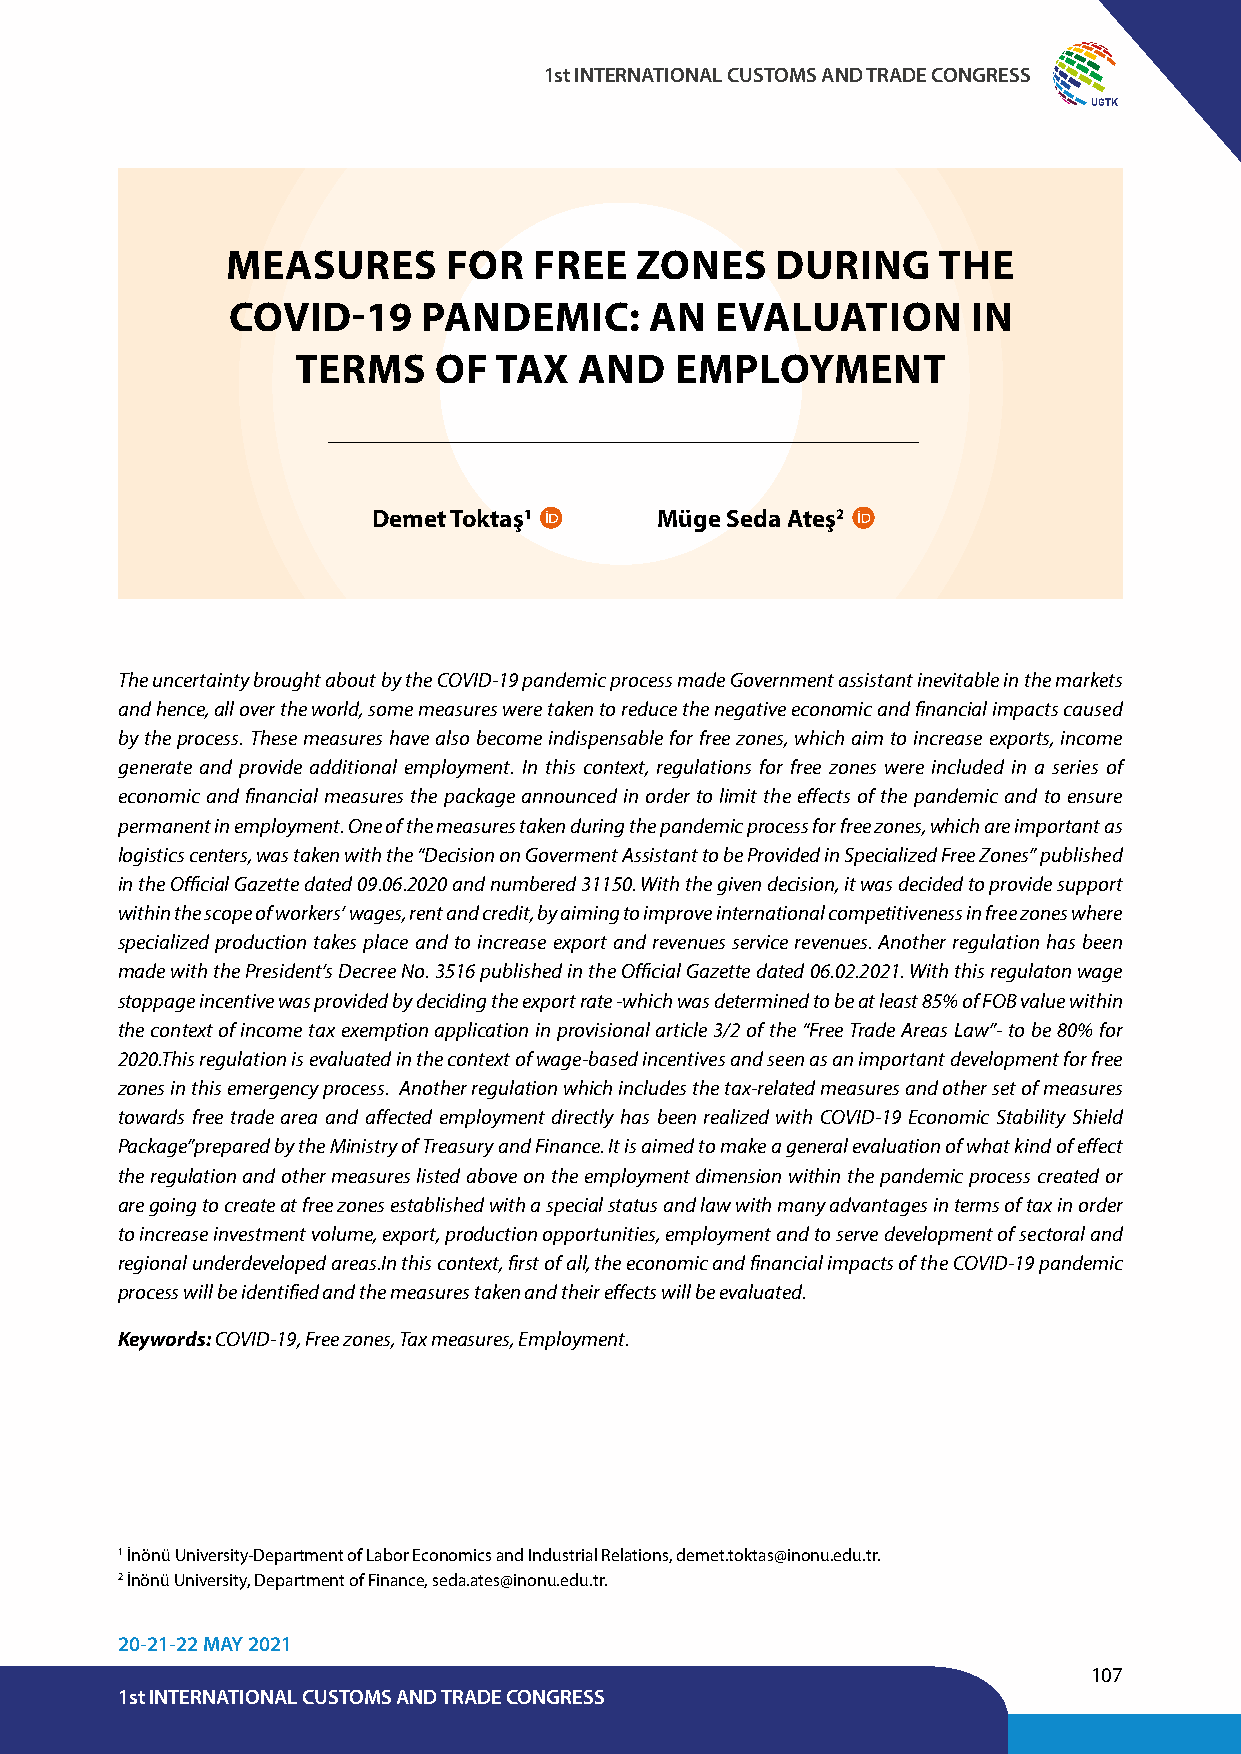
1st INTERNATIONAL CUSTOMS AND TRADE CONGRESS
 UGTK
 MEASURES       FOR  FREE   ZONES    DURING     THE
 COVID-19     PANDEMIC:      AN  EVALUATION       IN
 TERMS    OF  TAX  AND    EMPLOYMENT
 Demet Toktaş1      Müge Seda Ateş2
 The uncertainty brought about by the COVID-19 pandemic process made Government assistant inevitable in the markets
 and hence, all over the world, some measures were taken to reduce the negative economic and financial impacts caused
 by the process. These measures have also become indispensable for free zones, which aim to increase exports, income
 generate and provide additional employment. In this context, regulations for free zones were included in a series of
 economic and financial measures the package announced in order to limit the effects of the pandemic and to ensure
 permanent in employment. One of the measures taken during the pandemic process for free zones, which are important as
 logistics centers, was taken with the “Decision on Goverment Assistant to be Provided in Specialized Free Zones” published
 in the Official Gazette dated 09.06.2020 and numbered 31150. With the given decision, it was decided to provide support
 within the scope of workers’ wages, rent and credit, by aiming to improve international competitiveness in free zones where
 specialized production takes place and to increase export and revenues service revenues. Another regulation has been
 made with the President’s Decree No. 3516 published in the Official Gazette dated 06.02.2021. With this regulaton wage
 stoppage incentive was provided by deciding the export rate -which was determined to be at least 85% of FOB value within
 the context of income tax exemption application in provisional article 3/2 of the “Free Trade Areas Law”- to be 80% for
 2020.This regulation is evaluated in the context of wage-based incentives and seen as an important development for free
 zones in this emergency process. Another regulation which includes the tax-related measures and other set of measures
 towards free trade area and affected employment directly has been realized with COVID-19 Economic Stability Shield
 Package”prepared by the Ministry of Treasury and Finance. It is aimed to make a general evaluation of what kind of effect
 the regulation and other measures listed above on the employment dimension within the pandemic process created or
 are going to create at free zones established with a special status and law with many advantages in terms of tax in order
 to increase investment volume, export, production opportunities, employment and to serve development of sectoral and
 regional underdeveloped areas.In this context, first of all, the economic and financial impacts of the COVID-19 pandemic
 process will be identified and the measures taken and their effects will be evaluated.
 Keywords: COVID-19, Free zones, Tax measures, Employment.
 1 İnönü University-Department of Labor Economics and Industrial Relations, demet.toktas@inonu.edu.tr.
 2 İnönü University, Department of Finance, seda.ates@inonu.edu.tr.
 20-21-22 MAY 2021
 107
 1st INTERNATIONAL CUSTOMS AND TRADE CONGRESS